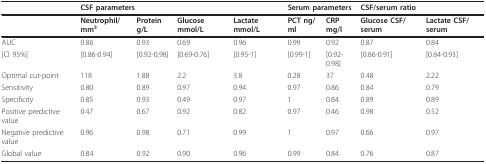
<table><thead><tr><td></td><td colspan="4"><b>CSF parameters</b></td><td colspan="2"><b>Serum parameters</b></td><td colspan="2"><b>CSF/serum ratio</b></td></tr></thead><tbody><tr><td></td><td><b>Neutrophil/mm<sup>3</sup></b></td><td><b>Protein g/L</b></td><td><b>Glucose mmol/L</b></td><td><b>Lactate mmol/L</b></td><td><b>PCT ng/ml</b></td><td><b>CRP mg/l</b></td><td><b>Glucose CSF/serum</b></td><td><b>Lactate CSF/serum</b></td></tr><tr><td>AUC</td><td>0.86</td><td>0.93</td><td>0.69</td><td>0.96</td><td>0.99</td><td>0.92</td><td>0.87</td><td>0.84</td></tr><tr><td>[CI 95%]</td><td>[0.86-0.94]</td><td>[0.92-0,98]</td><td>[0.69-0.76]</td><td>[0.95-1]</td><td>[0.99-1]</td><td>[0.92-0.98]</td><td>[0.86-0.91]</td><td>[0.84-0.93]</td></tr><tr><td>Optimal cut-point</td><td>118</td><td>1.88</td><td>2.2</td><td>3.8</td><td>0.28</td><td>37</td><td>0.48</td><td>2.22</td></tr><tr><td>Sensitivity</td><td>0.80</td><td>0.89</td><td>0.97</td><td>0.94</td><td>0.97</td><td>0.86</td><td>0.84</td><td>0.79</td></tr><tr><td>Specificity</td><td>0.85</td><td>0.93</td><td>0.49</td><td>0.97</td><td>1</td><td>0.84</td><td>0.89</td><td>0.89</td></tr><tr><td>Positive predictive value</td><td>0.47</td><td>0.67</td><td>0.92</td><td>0.82</td><td>0.97</td><td>0.46</td><td>0.98</td><td>0.52</td></tr><tr><td>Negative predictive value</td><td>0.96</td><td>0.98</td><td>0.71</td><td>0.99</td><td>1</td><td>0.97</td><td>0.66</td><td>0.97</td></tr><tr><td>Global value</td><td>0.84</td><td>0.92</td><td>0.90</td><td>0.96</td><td>0.99</td><td>0.84</td><td>0.76</td><td>0.87</td></tr></tbody></table>